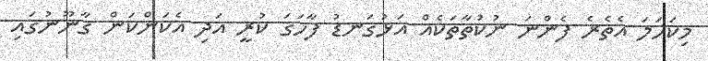
މިކަހަލަ އެތެރެ ފެންނަ ނުކުތާތަކެއް އަޅުގަނޑު ފާހަގަ ކުރީ އަދި އެކަންކަން ގާނޫނުގައި